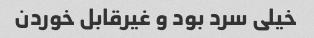
خیلی سرد بود و غیرقابل خوردن